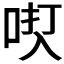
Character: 𫩿